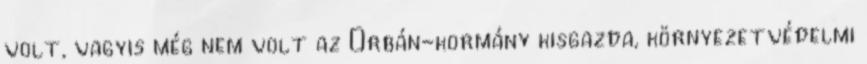
volt, vagyis még nem volt az Orbán-kormány kisgazda, környezetvé­delmi